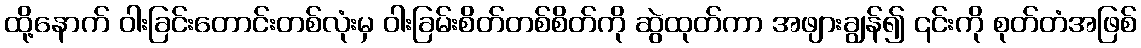
ထို့နောက် ဝါးခြင်းတောင်းတစ်လုံးမှ ဝါးခြမ်းစိတ်တစ်စိတ်ကို ဆွဲထုတ်ကာ အဖျားချွန်၍ ၎င်းကို စုတ်တံအဖြစ်